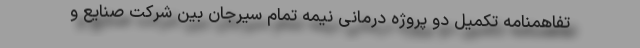
تفاهمنامه تکمیل دو پروژه درمانی نیمه تمام سیرجان بین شرکت صنایع و